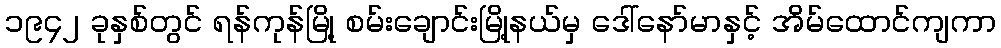
၁၉၄၂ ခုနှစ်တွင် ရန်ကုန်မြို့ စမ်းချောင်းမြို့နယ်မှ ဒေါ်နော်မာနှင့် အိမ်ထောင်ကျကာ